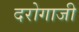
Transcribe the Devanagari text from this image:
दरोगाजी